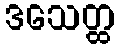
ဒသေတ္ထ